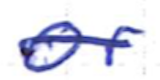
Text: or
Cross-out: single-line
Writing tool: ballpoint